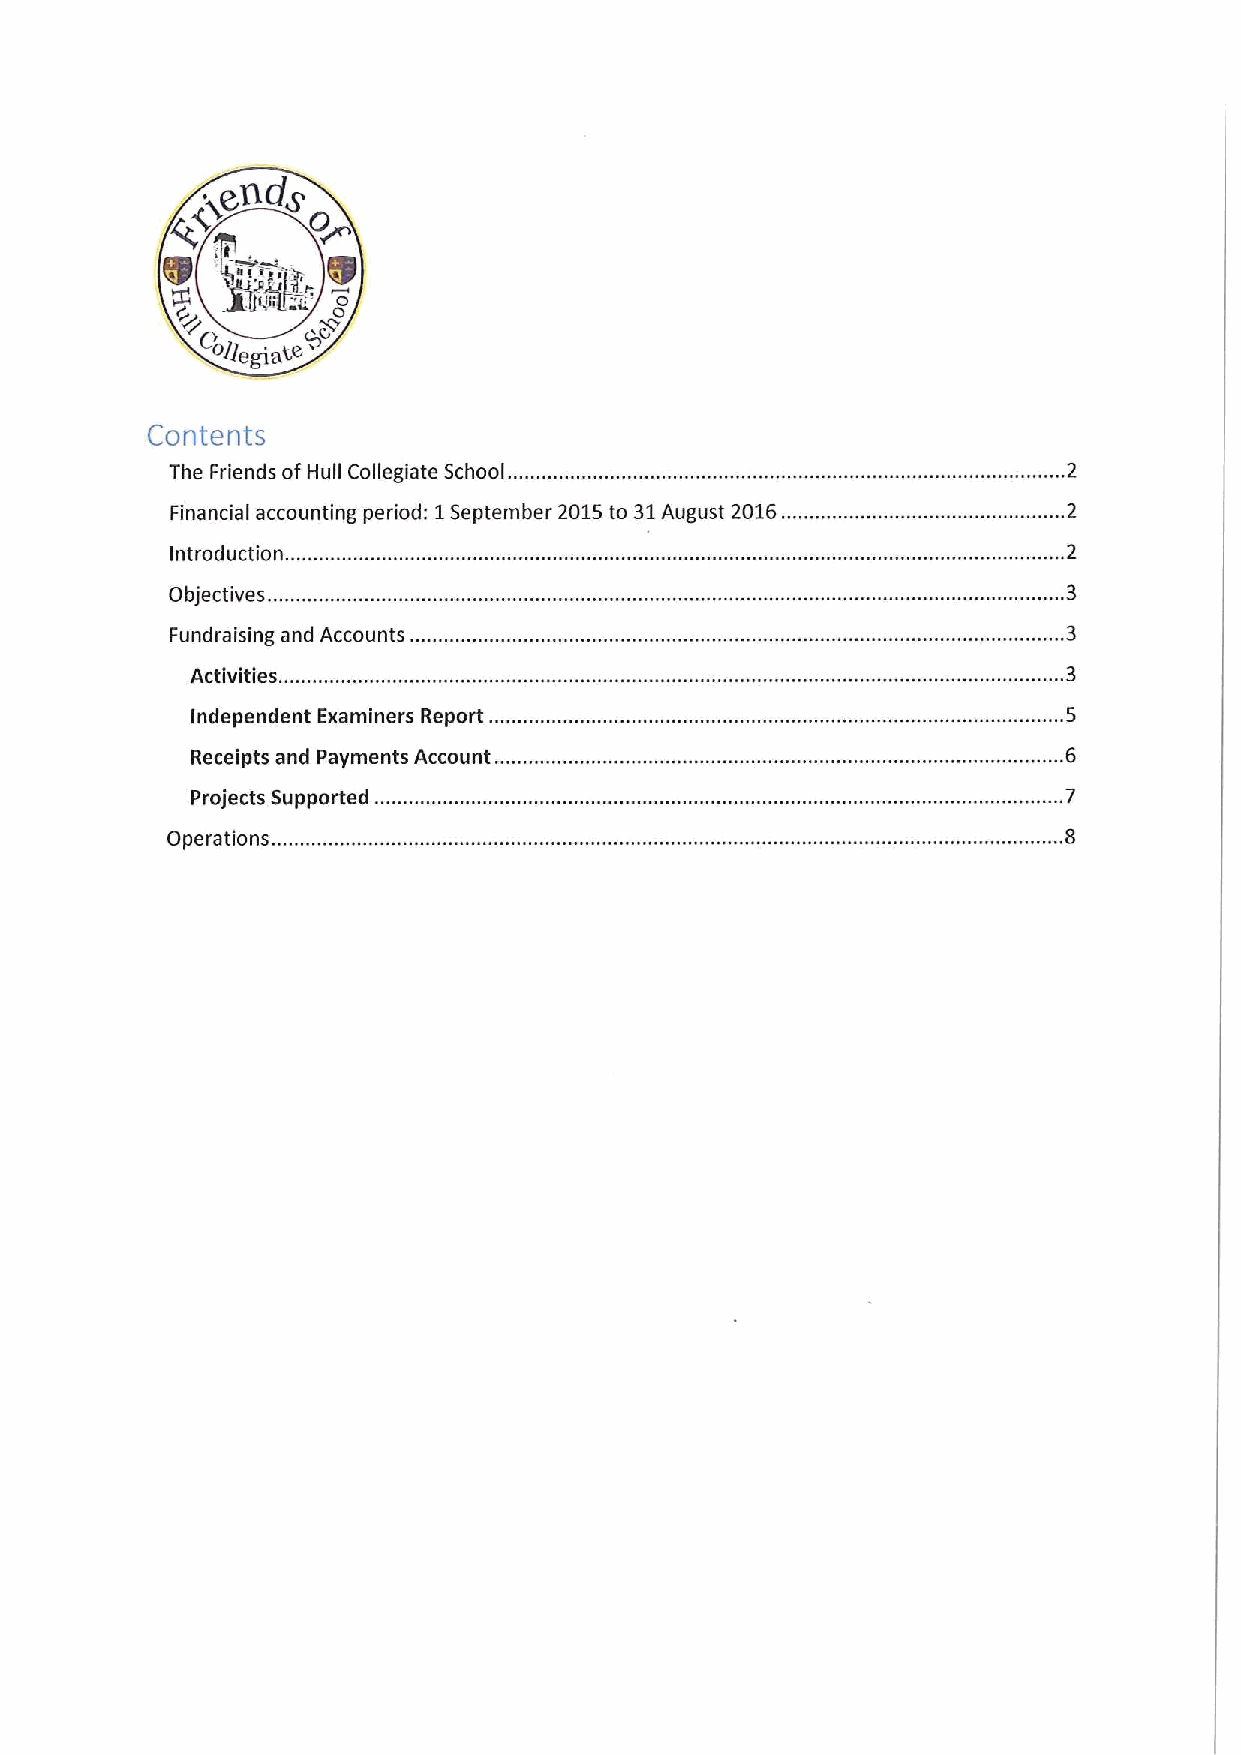
~gAdg
 0~
 W  7~)rc   W
 ollegf ate
 Contents
 The Friends ofHull Collegiate School.
 Financial accounting period: 1September 2015to 31August 2016.
 Introduction. .
 Objectives.
 Fundra ising and Accounts ...
 Activities.
 Independent Examiners Report ..
 Receipts and Payments Account.
 Projects Supported.
 Operations. .